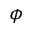
\phi